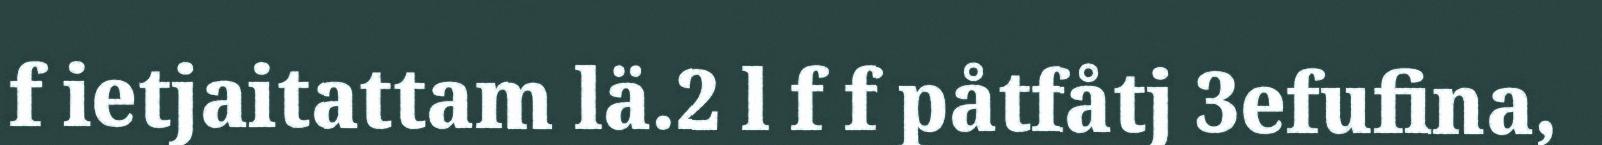
f ietjaitattam lä.2 l f f påtfåtj 3efufina,